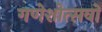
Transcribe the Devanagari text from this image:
गणेशोत्सवों